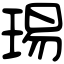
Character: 㻛